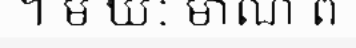
។ ម ឃៈ មាណ ព